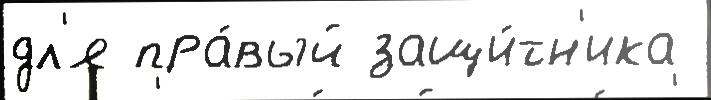
дл'я пра́вый защи́тн'ика